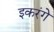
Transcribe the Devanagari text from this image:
इकरंगे